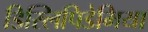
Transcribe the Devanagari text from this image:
डिस्लिपिडेमिया